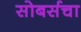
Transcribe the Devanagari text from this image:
सोबर्सचा